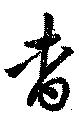
杳